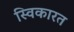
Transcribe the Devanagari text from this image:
स्विकारत